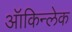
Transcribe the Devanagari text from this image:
ऑकिन्लेक